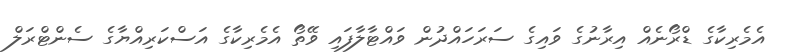
އެމެރިކާގެ ޑްރޯނެއް އިރާނުގެ ވައިގެ ސަރަހައްދުން ވައްޓާލާފައި ވޭތޯ އެމެރިކާގެ އަސްކަރިއްޔާގެ ސެންޓްރަލް